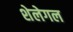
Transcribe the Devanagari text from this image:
शेलेगल